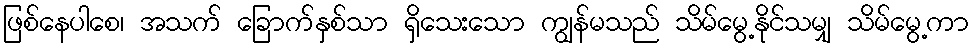
ဖြစ်နေပါစေ၊ အသက် ခြောက်နှစ်သာ ရှိသေးသော ကျွန်မသည် သိမ်မွေ့နိုင်သမျှ သိမ်မွေ့ကာ